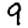
Digit: 9